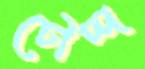
চৌদ্দ